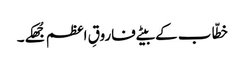
خطّاب کے بیٹے فاروقِ اعظم جُھکے۔